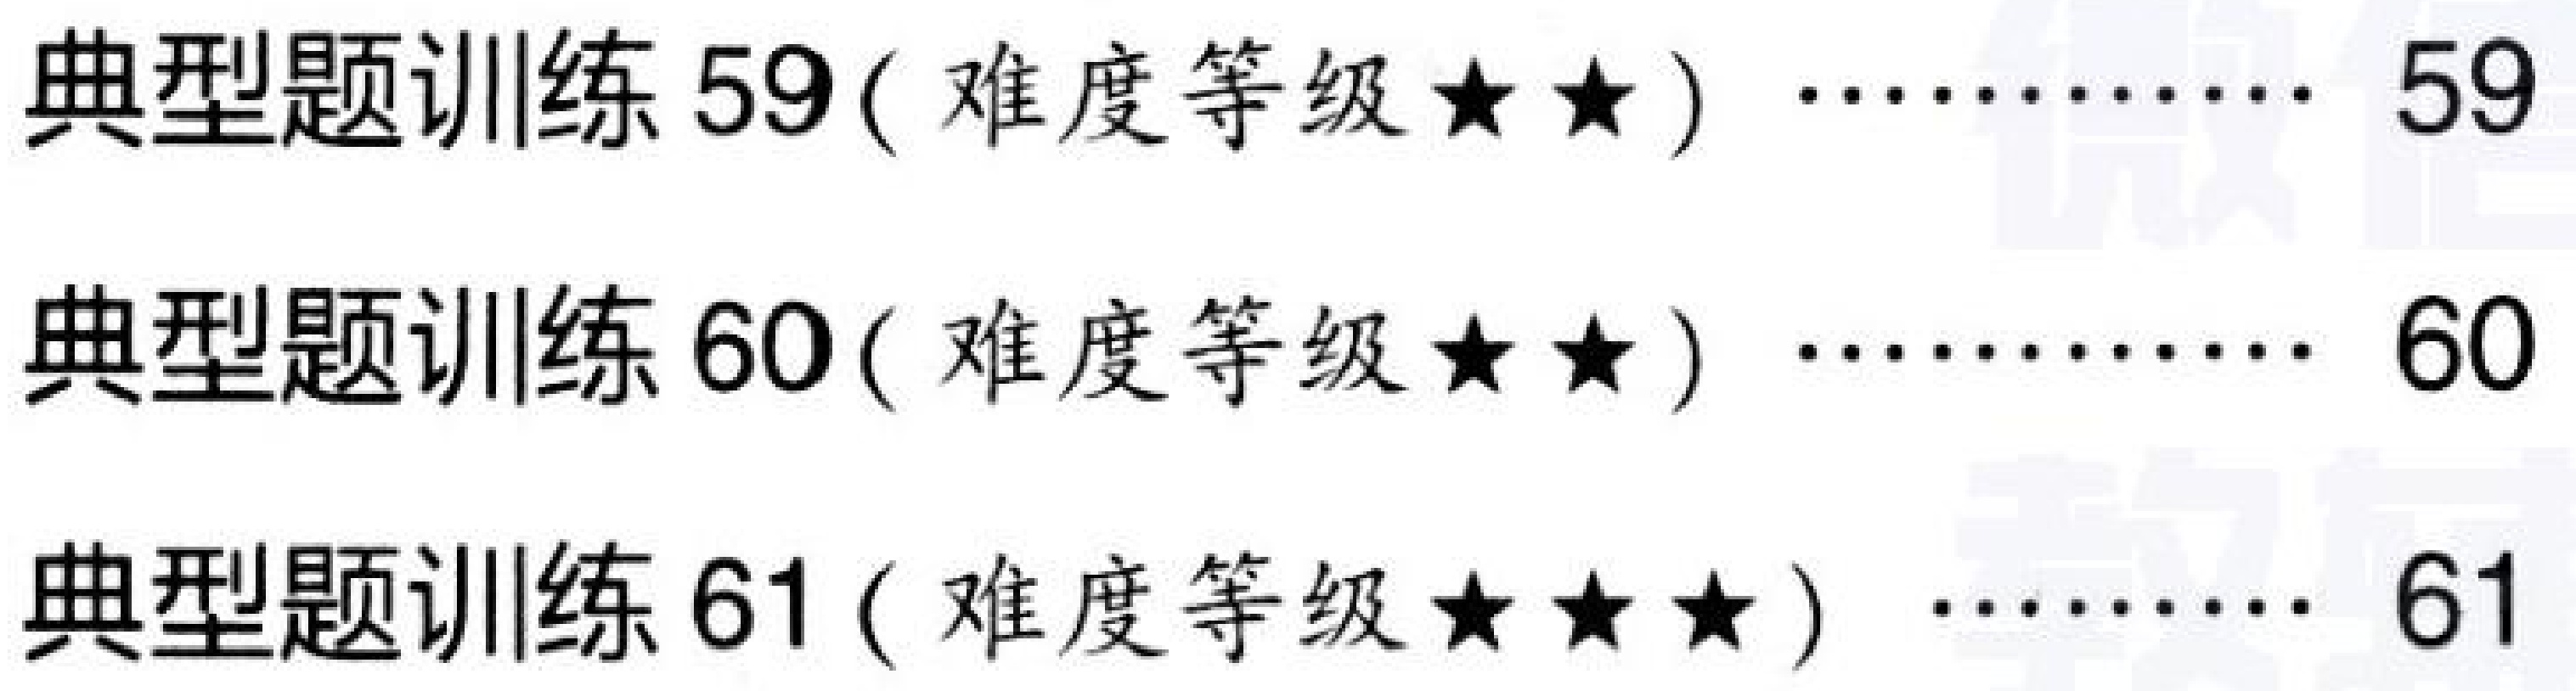
典型题训练 59 ( 难度等级$\star\star$) $\cdots\cdots\cdots\cdots$ 59\\
典型题训练 60 ( 难度等级$\star\star$) $\cdots\cdots\cdots\cdots$ 60\\
典型题训练 61 ( 难度等级$\star\star\star$) $\cdots\cdots\cdots\cdots$ 61